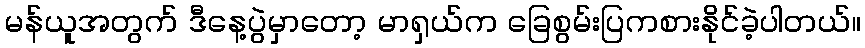
မန်ယူအတွက် ဒီနေ့ပွဲမှာတော့ မာရှယ်က ခြေစွမ်းပြကစားနိုင်ခဲ့ပါတယ်။